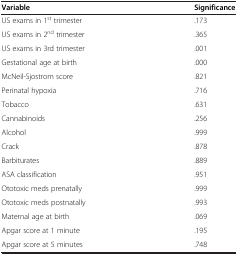
<table><thead><tr><td><b>Variable</b></td><td><b>Significance</b></td></tr></thead><tbody><tr><td>US exams in 1<sup>st </sup>trimester</td><td>.173</td></tr><tr><td>US exams in 2<sup>nd </sup>trimester</td><td>.365</td></tr><tr><td>US exams in 3rd trimester</td><td>.001</td></tr><tr><td>Gestational age at birth</td><td>.000</td></tr><tr><td>McNeil-Sjostrom score</td><td>.821</td></tr><tr><td>Perinatal hypoxia</td><td>.716</td></tr><tr><td>Tobacco</td><td>.631</td></tr><tr><td>Cannabinoids</td><td>.256</td></tr><tr><td>Alcohol</td><td>.999</td></tr><tr><td>Crack</td><td>.878</td></tr><tr><td>Barbiturates</td><td>.889</td></tr><tr><td>ASA classification</td><td>.951</td></tr><tr><td>Ototoxic meds prenatally</td><td>.999</td></tr><tr><td>Ototoxic meds postnatally</td><td>.993</td></tr><tr><td>Maternal age at birth</td><td>.069</td></tr><tr><td>Apgar score at 1 minute</td><td>.195</td></tr><tr><td>Apgar score at 5 minutes</td><td>.748</td></tr></tbody></table>